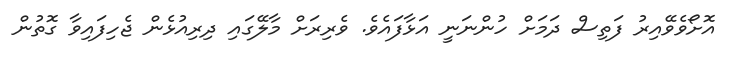
އޮށޯވެވޭއިރު ފަތިސް ދަމަށް ހުންނަނީ އަޅާފައެވެ. ވެރިރަށް މާލޭގައި ދިރިއުޅެން ޖެހިފައިވާ ގޮތުން